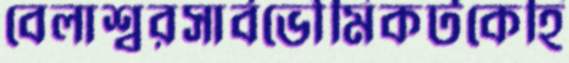
বেলাশ্বরসার্বভৌমিকটকেহি